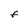
Character: F